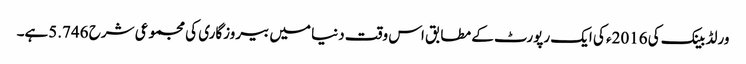
ورلڈ بینک کی 2016ء کی ایک رپورٹ کے مطابق اس وقت دنیا میں بیروزگاری کی مجموعی شرح 5.746ہے۔